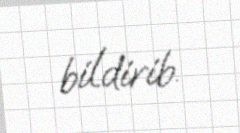
bildirib.